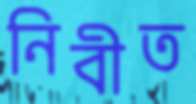
নিবীত